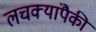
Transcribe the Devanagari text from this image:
लचक्यांपैकी